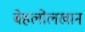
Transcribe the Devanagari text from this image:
बेहलोलखान